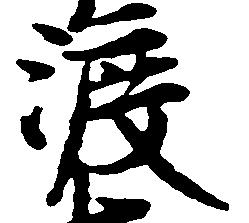
渡